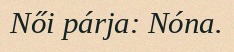
Női párja: Nóna.